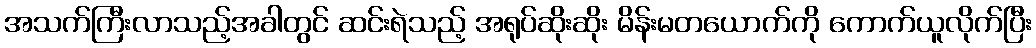
အသက်ကြီးလာသည့်အခါတွင် ဆင်းရဲသည့် အရုပ်ဆိုးဆိုး မိန်းမတယောက်ကို ကောက်ယူလိုက်ပြီး